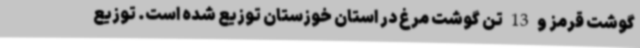
گوشت قرمز و 13 تن گوشت مرغ در استان خوزستان توزیع شده است. توزیع